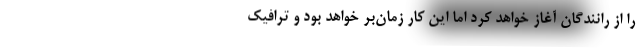
را از رانندگان آغاز خواهد کرد اما این کار زمان‌بر خواهد بود و ترافیک